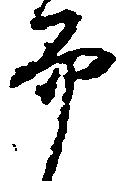
而